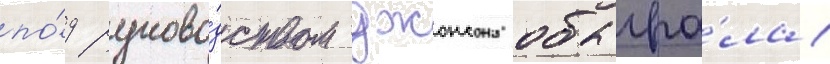
по́д руково́дством джонсона обыгра́ла